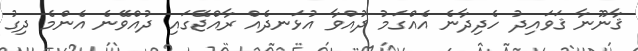
ޤާނޫނާ ޤަވައިދު ހެދިދާނެ އެއްގަމު ދުއްވާ އުޅަނދެއް ރާއްޖޭގައި ދުއްވޭނެ އެންމެ ދިގު